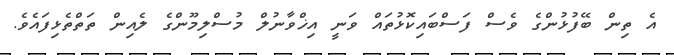
އެ ތިން ބޭފުޅުންގެ ވެސް ފަސްބައިކޮޅުތައް ވަނީ އިޚްވާނުލް މުސްލިމޫންގެ ލެއިން ތަތްތެޅިފައެވެ.